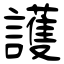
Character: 護